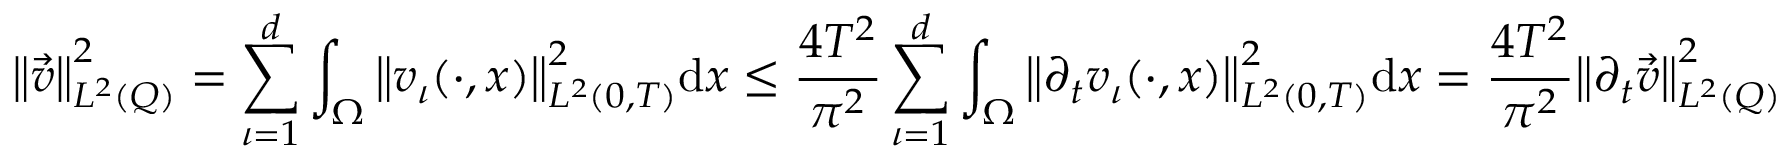
{ \left\lVert { \vec { v } } \right\rVert } _ { L ^ { 2 } ( Q ) } ^ { 2 } = \sum _ { \iota = 1 } ^ { d } \int _ { \Omega } { \left\lVert { v _ { \iota } ( \cdot , x ) } \right\rVert } _ { L ^ { 2 } ( 0 , T ) } ^ { 2 } \mathrm d x \leq \frac { 4 T ^ { 2 } } { \pi ^ { 2 } } \sum _ { \iota = 1 } ^ { d } \int _ { \Omega } { \left\lVert { \partial _ { t } v _ { \iota } ( \cdot , x ) } \right\rVert } _ { L ^ { 2 } ( 0 , T ) } ^ { 2 } \mathrm d x = \frac { 4 T ^ { 2 } } { \pi ^ { 2 } } { \left\lVert { \partial _ { t } \vec { v } } \right\rVert } _ { L ^ { 2 } ( Q ) } ^ { 2 }